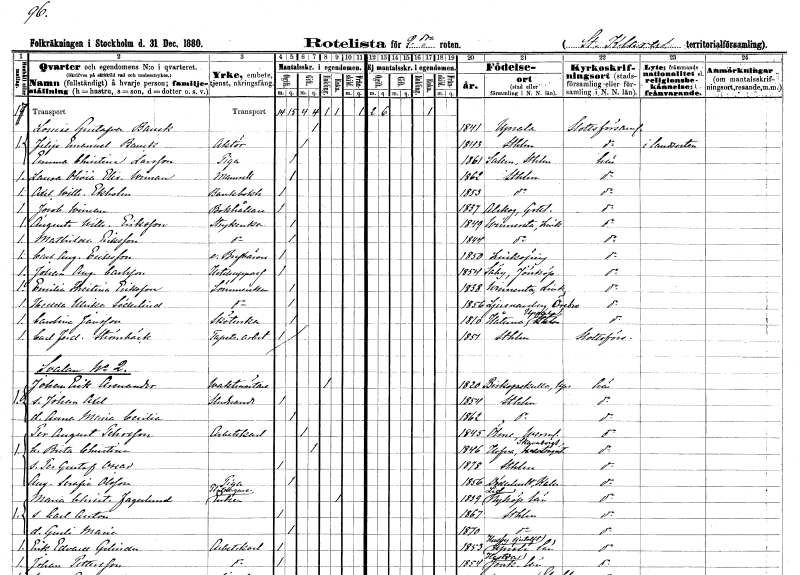
gt_parse: households: individuals: FN: Louise Gustafva
EN: Banck
KON: K
CIV: G
FODAR: 1841
FODFORS: Uppsala Uppsala län
FN: Filip Emanuel
EN: Banck
YRKE: Aktör
KON: M
CIV: G
FODAR: 1843
FODFORS: Stockholm
FN: Emma Christina
EN: Larsson
YRKE: Piga
KON: K
CIV: O
FODAR: 1861
FODFORS: Salem Stockholms län
FN: Laura Olivia Elisabeth
EN: Wiman
KON: K
CIV: O
FODAR: 1862
FODFORS: Stockholm
FN: Axel Wilhelm
EN: Ekholm
YRKE: Bankbokhållare
KON: M
CIV: O
FODAR: 1853
FODFORS: Stockholm
FN: Jacob
EN: Wiman
YRKE: Bokhållare
KON: M
CIV: O
FODAR: 1837
FODFORS: Alskog Gotlands län
FN: Augusta Wilhelmina
EN: Eriksson
YRKE: Strykerska
KON: K
CIV: O
FODAR: 1849
FODFORS: Vinnerstad Östergötlands län
FN: Mathilda
EN: Eriksson
YRKE: Strykerska
KON: K
CIV: O
FODAR: 1844
FODFORS: Vinnerstad Östergötlands län
FN: Carl August
EN: Eriksson
YRKE: Brevbärare extra
KON: M
CIV: O
FODAR: 1850
FODFORS: Linköping Östergötlands län
FN: Johan August
EN: Carlsson
YRKE: Hotelluppassare
KON: M
CIV: O
FODAR: 1854
FODFORS: Säby Jönköpings län
FN: Emilia Kristina
EN: Eriksson
YRKE: Sömmerska
KON: K
CIV: O
FODAR: 1838
FODFORS: Vinnerstad Östergötlands län
FN: Hedda Ulrika
EN: Söderlind
YRKE: Sömmerska
KON: K
CIV: O
FODAR: 1856
FODFORS: Ljusnarsberg Örebro län
FN: Carolina
EN: Jansson
YRKE: Sköterska
KON: K
CIV: O
FODAR: 1810
FODFORS: Håtuna Stockholms län
FN: Carl Ferdinand
EN: Strömbäck
YRKE: Tapetseriarbetare
KON: M
CIV: O
FODAR: 1851
FODFORS: Stockholm
FN: Johan Erik
EN: Arenander
YRKE: Vaktmästare
KON: M
CIV: E
FODAR: 1820
FODFORS: Biskopskulla Uppsala län
FN: Johan Axel
YRKE: Studerande
KON: M
CIV: O
FODAR: 1854
FODFORS: Stockholm
FN: Anna Maria Cecilia
KON: K
CIV: O
FODAR: 1862
FODFORS: Stockholm
FN: Per August
EN: Pehrsson
YRKE: Arbetskarl
KON: M
CIV: G
FODAR: 1845
FODFORS: Ölme Värmlands län
FN: Brita Christina
KON: K
CIV: G
FODAR: 1846
FODFORS: Hova Skaraborgs län
FN: Per Gustaf Oscar
KON: M
CIV: O
FODAR: 1878
FODFORS: Stockholm
FN: Augusta Serafia
EN: Olsson
YRKE: Piga
KON: K
CIV: O
FODAR: 1856
FODFORS: Döderhult Kalmar län
FN: Maria Christina
EN: Fagerlund
YRKE: Plåtslagareänka
KON: K
CIV: E
FODAR: 1839
FODFORS: Lid Södermanlands län
FN: Carl Anton
KON: M
CIV: O
FODAR: 1867
FODFORS: Stockholm
FN: Gurli Maria
KON: K
CIV: O
FODAR: 1870
FODFORS: Stockholm